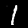
Label: 1